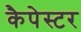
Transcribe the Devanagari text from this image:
कैपेस्टर